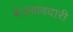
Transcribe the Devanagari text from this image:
बेजबाबदारी